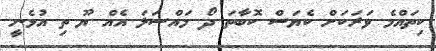
ކިތައްމެ ވަރަކަށް ކެޔަސް ކޮބާތަ ދޯ މައްސަލަ އެއް ޔޫ ތި އުޅެނީ